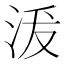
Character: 𱦗